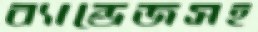
ব্যান্ডেজসহ